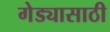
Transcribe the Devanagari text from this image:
गेड्यासाठी